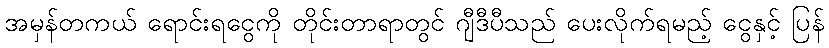
အမှန်တကယ် ရောင်းရငွေကို တိုင်းတာရာတွင် ဂျီဒီပီသည် ပေးလိုက်ရမည့် ငွေနှင့် ပြန်